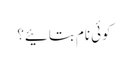
کوئی نام بتائیے؟